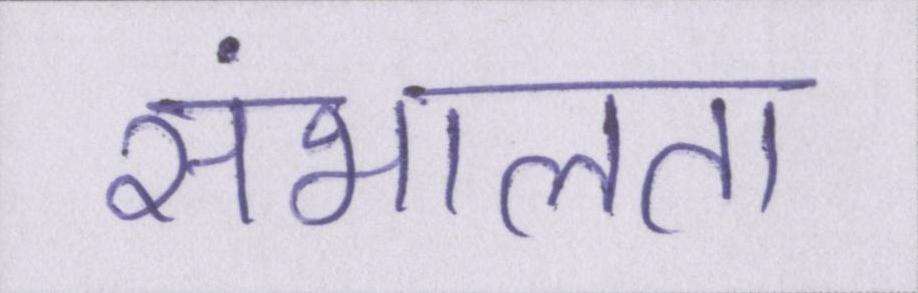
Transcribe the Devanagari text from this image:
संभालता